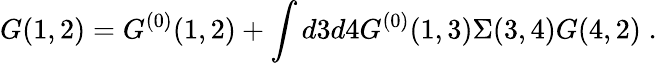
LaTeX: G(1,2)=G^{(0)}(1,2)+\int d3d4G^{(0)}(1,3)\Sigma(3,4)G(4,2)\; .